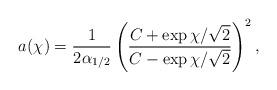
LaTeX: \begin{align*}a(\chi) = \frac{1}{2\alpha_{1/2}}\left (\frac{C + \exp\chi/\sqrt{2}}{C - \exp\chi/\sqrt{2}}\right )^{2}, \end{align*}